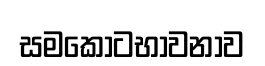
සමකොටභාවනාව